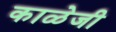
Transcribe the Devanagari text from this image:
काळेजी